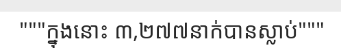
"""ក្នុងនោះ ៣,២៧៧នាក់បានស្លាប់"""